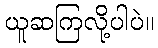
ယူဆကြလို့ပါပဲ။